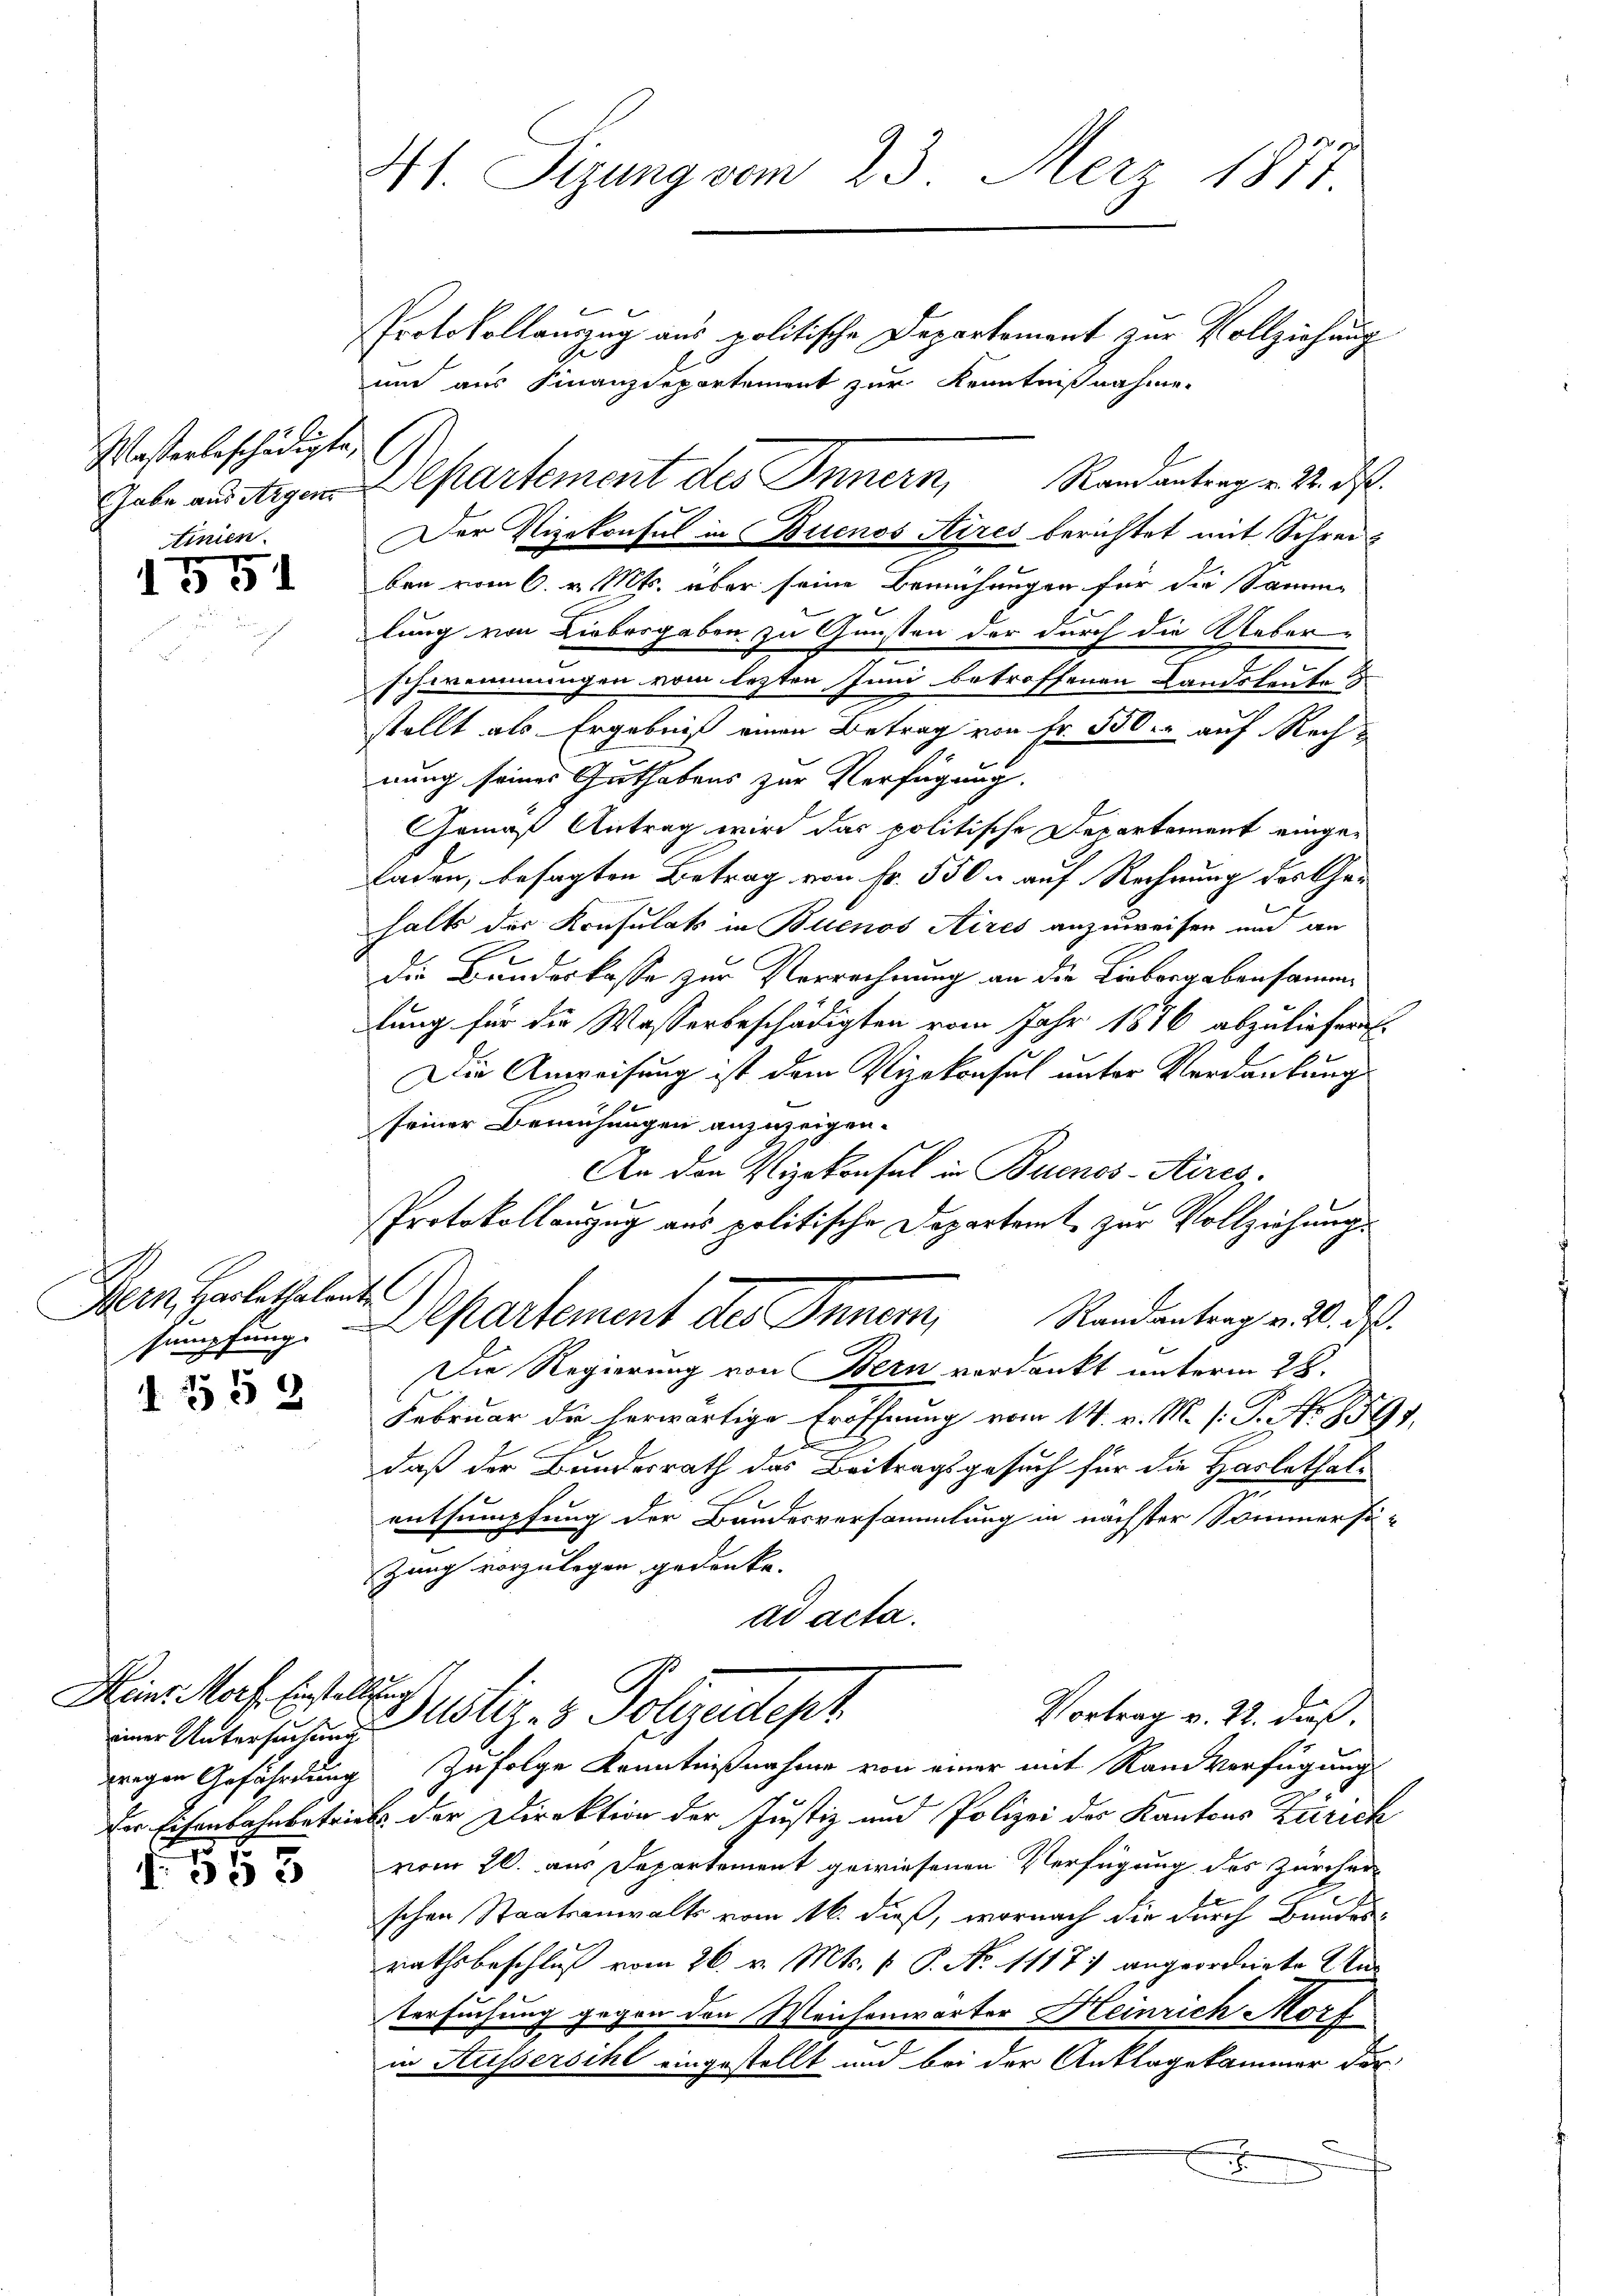
Wasserbeschädigte,
tinien.

1551

Bern Harlathalente

d 333

Heine Morf. Einstellung
einer Untersuchung

1553

41. Sizung vom 23. Merz 1877.

Protokollanzug aus politische Departement zur Vollziehung
um aus Finanzdepartement zur Kenntnißnahme.
Der Vizekonsul in Buenos Aires berichtet mit Schreiben vom 6. v. Mts. über seine Bemühungen für die Sammlung von Liebesgaben zu Gunsten der durch die Ueberschwemmungen vom lezten Juni betroffenen Landsleute
stellt als Ergebniß einen Betrag von Fr. 550. auf Rechnung seines Guthabens zur Verfügung.
Gemäß Antrag wird das politische Departement eingeladen, besagten Betrag von Fr. 550. auf Rechnung des Gehalts der Konsulats in Buenos Aires anzuweisen und an
Die Bunderkasse zur Verrechnung an die Liebergabensammlung für die Wasserbeschädigten vom Jahr 1876 abzuliefer
Die Anweisung ist dem Vizekonsul unter Verdankungs
seiner Bemühungen anzuzeigen.
An den Vizekonsul in Buenos-Kires.
Protokollanzug aus politische Departamt zur Vollziehungssempfung. Departement des Innern, Randantrag v. 20. des
Die Regierung von Bern verdankt unterm 28.
Februar die herwärtige Eröffnung vom 14. v. M. /: P. Nr. 859.
e
daß der Bundesrath das Beitragsgesuch für die Haslethalentsumpfung der Bandesversammlung in nächster Sommersi-
zang vorzulegen gedenke.
ad acta.
Justiz- & Polizeitest
Vortrag v. 22. dieß,
wregen Gefährdung zufolge Kenntnißnahme von einer mit Ranverfügung
Der Eisenbahnbetrieb der Direktion der Justiz und Polizei des Kantons Zürich
vom 20. aus Departement gewiesenen Verfügung des Zürcher
schen Staatsanwalts vom 16. dieß, wornach die durch Bandesrathsbeschluß vom 26. v. Mts. v. P. No 11177 angeordnete Untersuchung gegen den Weichenwärter Heinrich Morf
in Aussersihl eingestellt und bei der Anklagekammer derx

Gabe aus Argen Departement des Innern, Randantrag v. 2. ds.